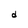
Character: d